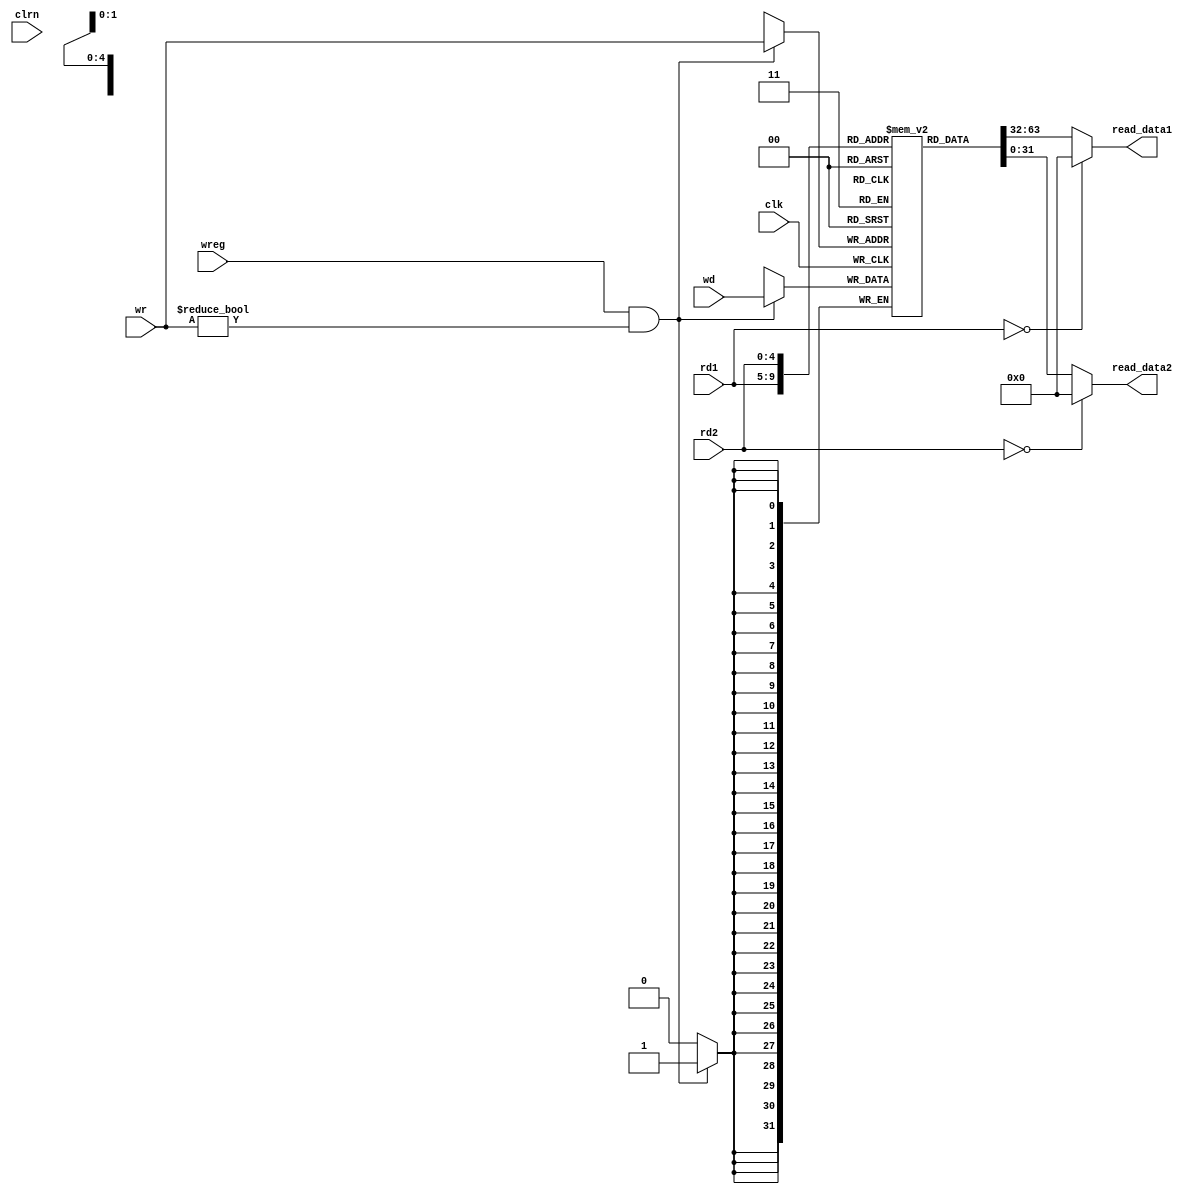
//
// RISC-V RV32I CPU Registerfile
//




module risc_v_32_regfile(clk,clrn,rd1,rd2,wr,wd,wreg,read_data1,read_data2);
    input         clk, clrn;                             // clock and reset
    input  [4:0]  rd1;                                   // read register1
    input  [4:0]  rd2;                                   // read register2
    input  [4:0]  wr;                                    // write register
    input  [31:0] wd;                                    // write data
    input         wreg;                                  // if == 1, write register
    output [31:0] read_data1;
    output [31:0] read_data2;
    
    reg  [31:0] regfile [1:31];
    
    wire [31:0]   read_data1 = (rd1==0) ? 0 : regfile[rd1];           // read port
    wire [31:0]   read_data2 = (rd2==0) ? 0 : regfile[rd2];           // read port
    
    always @ (posedge clk) begin
        if (wreg && (wr != 0)) begin
            regfile[wr] <= wd;                      // write port
        end
    end
    
endmodule